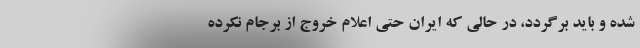
شده و باید برگردد، در حالی که ایران حتی اعلام خروج از برجام نکرده